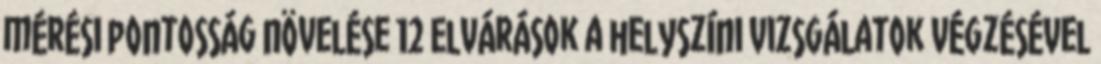
mérési pontosság növelése 12 Elvárások a helyszíni vizsgálatok végzésével